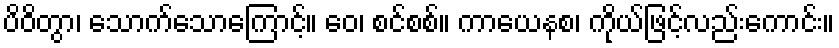
ပိဝိတွာ၊ သောက်သောကြောင့်။ ဝေ၊ စင်စစ်။ ကာယေနစ၊ ကိုယ်ဖြင့်လည်းကောင်း။